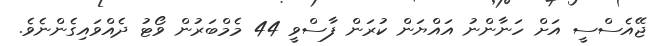
ޖޭއެސްސީ އަށް ހަނާންނު އައްޔަން ކުރަން ފާސްވީ 44 މެމްބަރުން ވޯޓު ދެއްވައިގެންނެވެ.